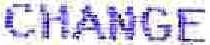
CHANGE